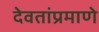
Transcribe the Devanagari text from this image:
देवतांप्रमाणे